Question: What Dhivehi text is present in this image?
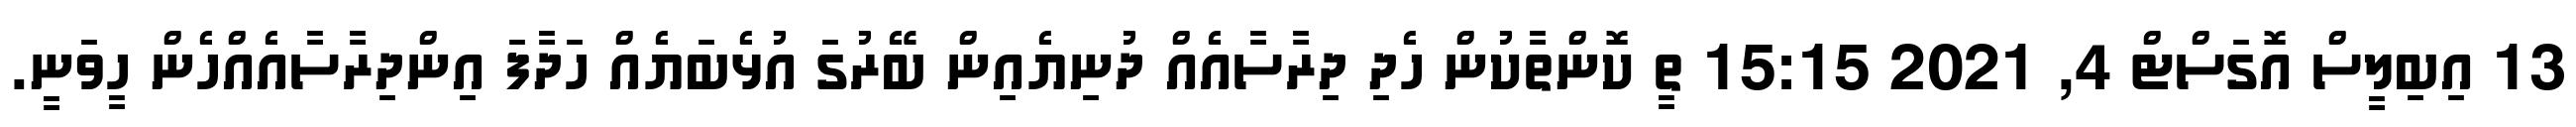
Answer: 13 އިބިލީސް އޮގަސްޓް 4, 2021 15:15 ތީ ކޮންތާކުން ހެދި ދިރާސާއެއް ދުނިޔެއިން ބޭރުގަ އުޅެބަޔެއް ހަދާފަ އިންދިރާސާއެއްހެން ހީވަނީ.